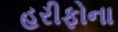
હરીફોના